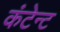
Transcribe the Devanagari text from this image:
कंटेन्ट